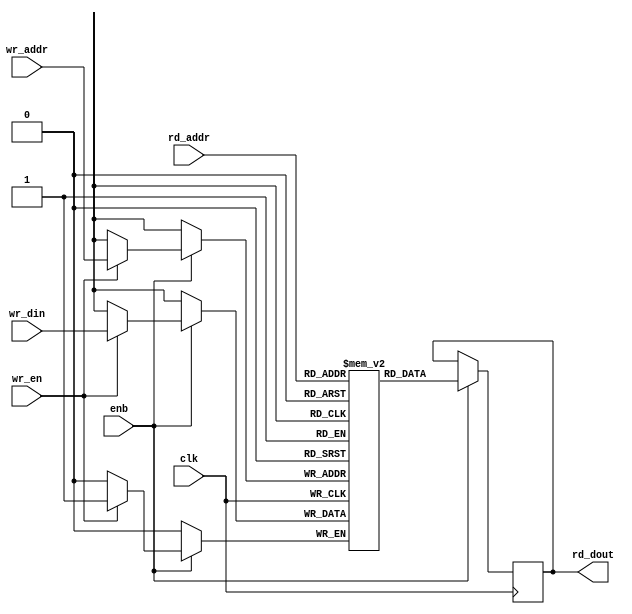
// -------------------------------------------------------------
// 
// 
// Generated by MATLAB 9.13 and HDL Coder 4.0
// 
// -------------------------------------------------------------


// -------------------------------------------------------------
// 
// Module: whdlOFDMTx_SimpleDualPortRAM_singlebit
// Source Path: whdlOFDMTx/Frame Generator/Data/Data Chain/Symbol Interleaver/Interleaver/SimpleDualPortRAM_singlebit
// Hierarchy Level: 5
// 
// -------------------------------------------------------------

`timescale 1 ns / 1 ns

module whdlOFDMTx_SimpleDualPortRAM_singlebit
          (clk,
           enb,
           wr_din,
           wr_addr,
           wr_en,
           rd_addr,
           rd_dout);

  parameter integer AddrWidth  = 1;
  parameter integer DataWidth  = 1;

  input   clk;
  input   enb;
  input   wr_din;
  input   [AddrWidth - 1:0] wr_addr;  // parameterized width
  input   wr_en;  // ufix1
  input   [AddrWidth - 1:0] rd_addr;  // parameterized width
  output  rd_dout;


  reg   ram [2**AddrWidth - 1:0];
  reg   data_int;
  integer i;

  initial begin
    for (i=0; i<=2**AddrWidth - 1; i=i+1) begin
      ram[i] = 0;
    end
    data_int = 0;
  end


  always @(posedge clk)
    begin : SimpleDualPortRAM_singlebit_process
      if (enb == 1'b1) begin
        if (wr_en == 1'b1) begin
          ram[wr_addr] <= wr_din;
        end
        data_int <= ram[rd_addr];
      end
    end

  assign rd_dout = data_int;

endmodule  // whdlOFDMTx_SimpleDualPortRAM_singlebit